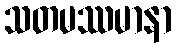
သတမဿမာနာ